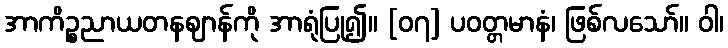
အာကိဉ္စညာယတနဈာန်ကို အာရုံပြု၍။ [၀၇] ပဝတ္တမာနံ၊ ဖြစ်လသော်။ ဝါ၊